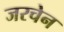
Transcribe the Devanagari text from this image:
जरचेन